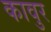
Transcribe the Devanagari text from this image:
कावुर